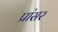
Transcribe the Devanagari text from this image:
प्रांसर